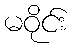
မဝိုင်း